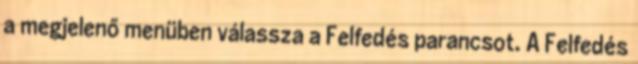
a megjelenő menüben válassza a Felfedés parancsot. A Felfedés